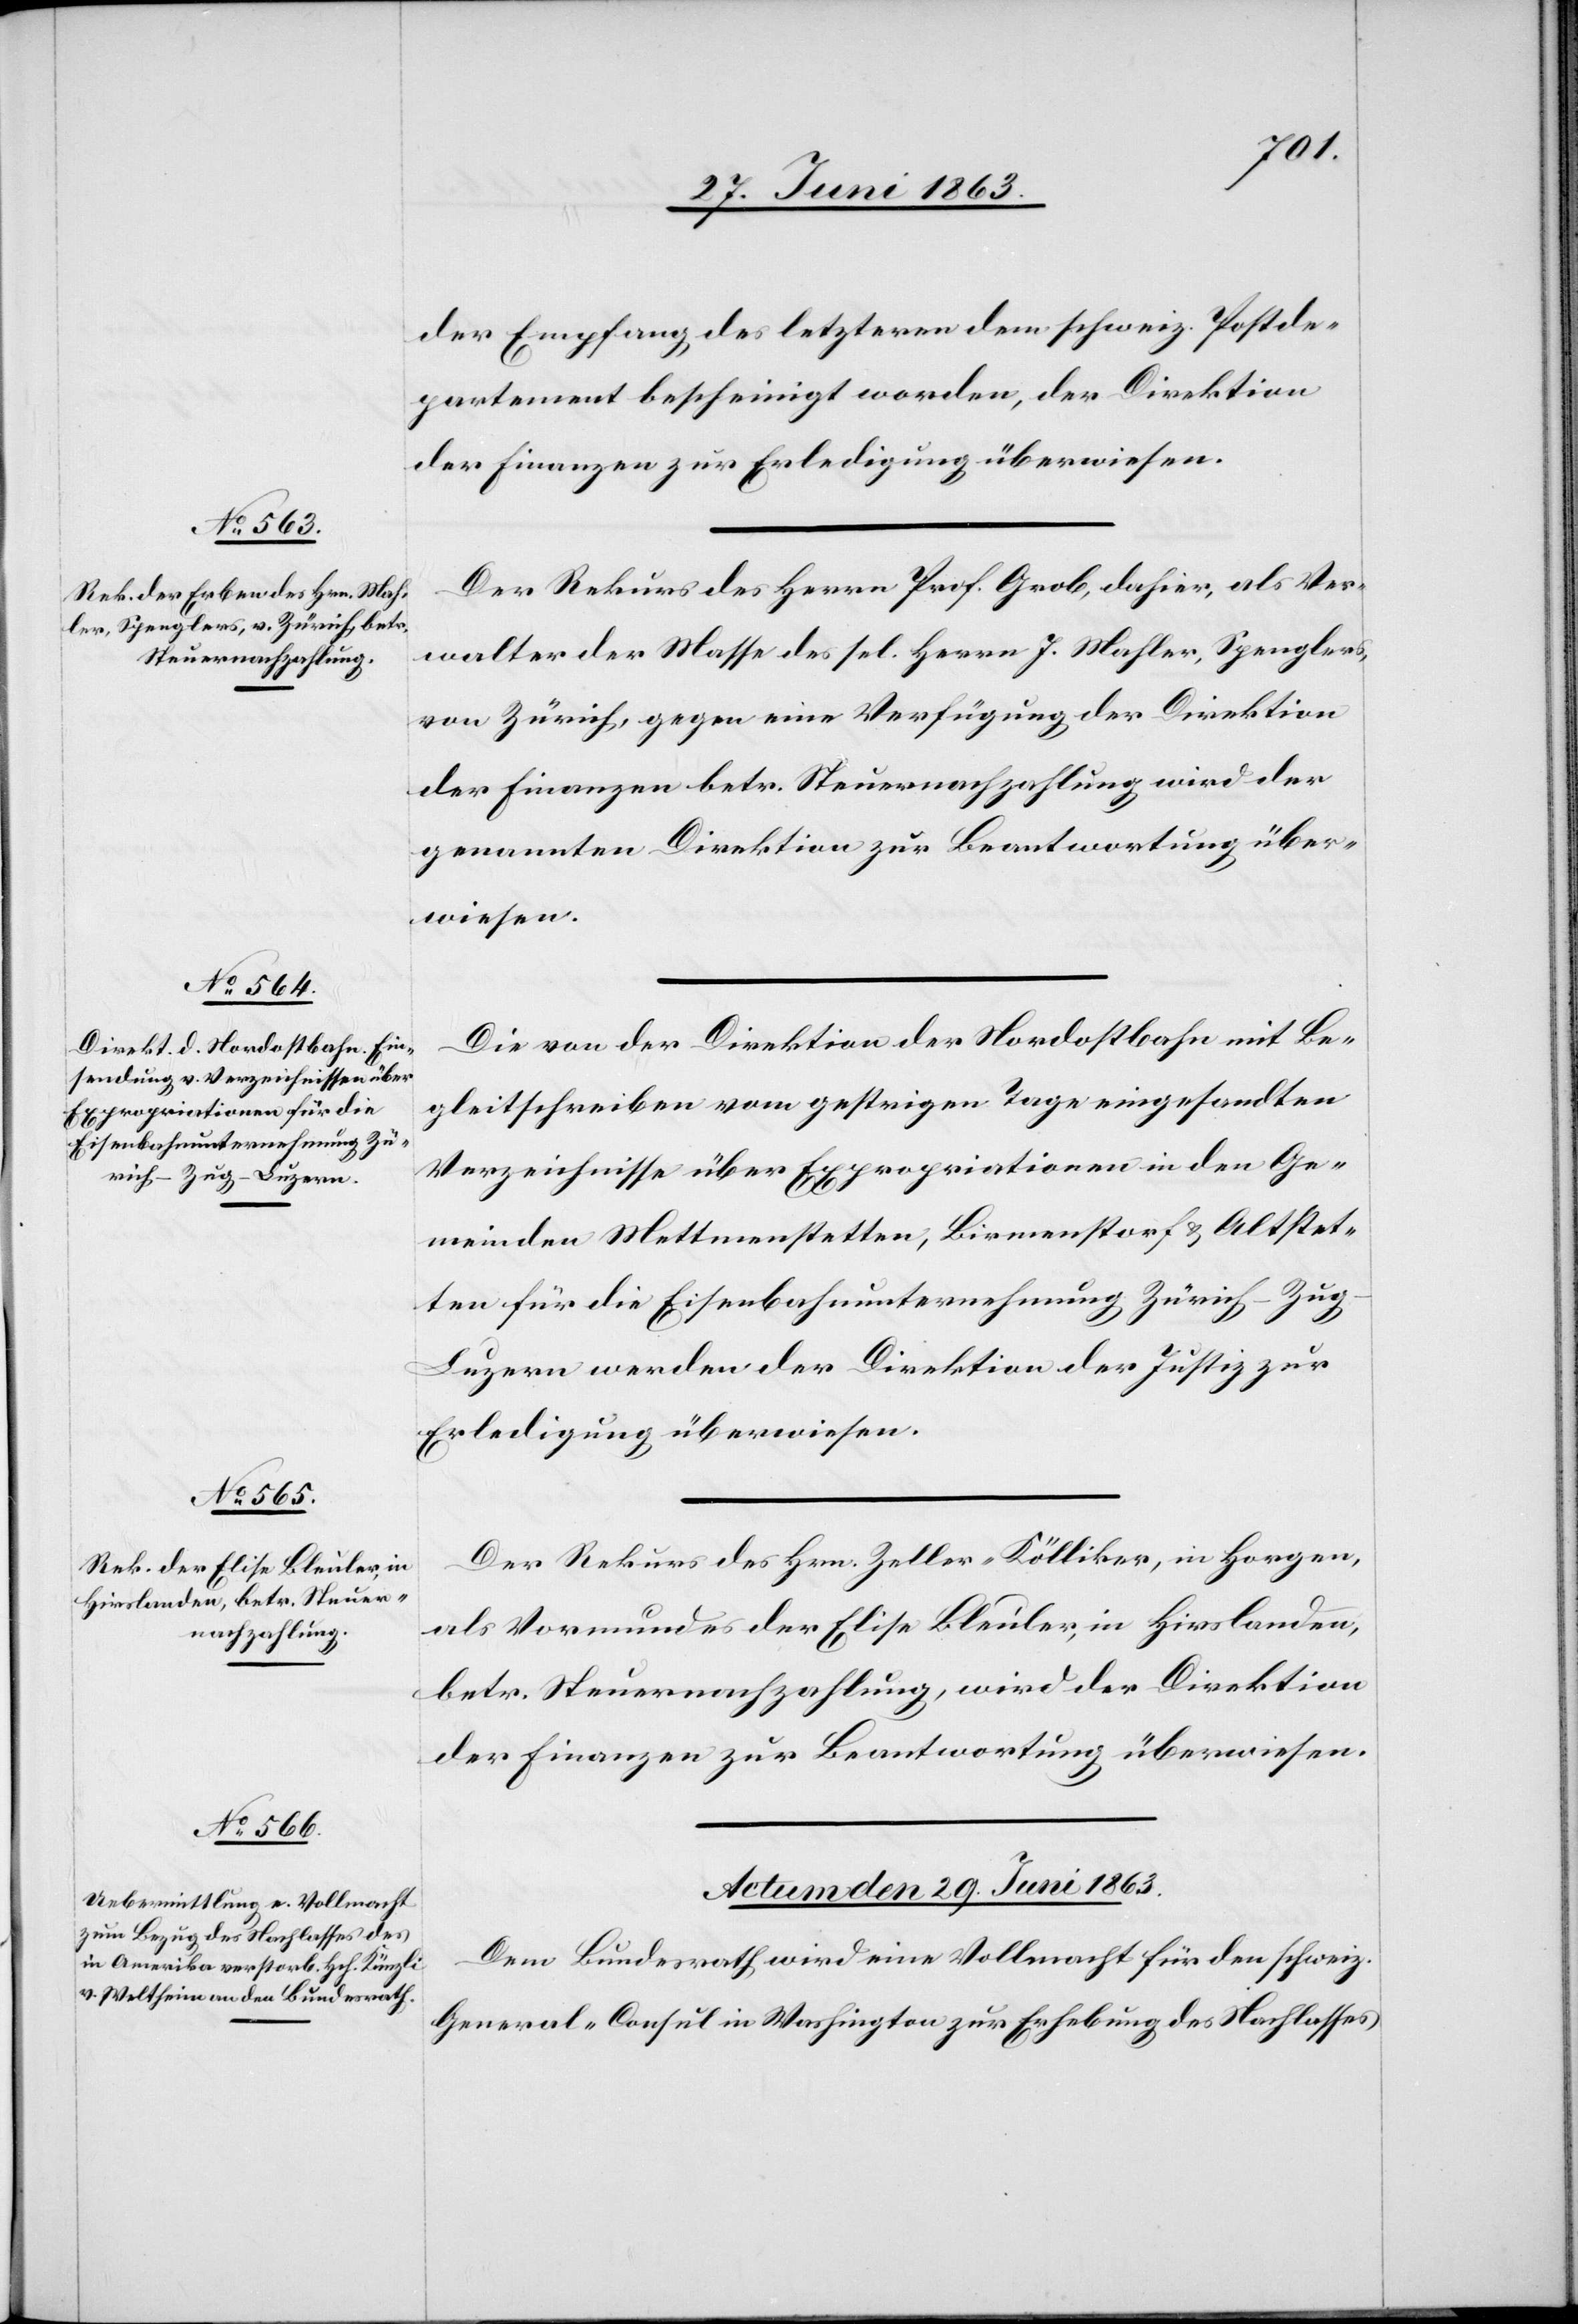
27. Juni 1863.]
der Empfang des letzteren dem schweiz. Postde¬
partement bescheinigt worden, der Direktion
der Finanzen zur Erledigung überwiesen.
Der Rekurs des Herrn Prof. Grob, dahier, als Ver¬
walter der Masse des sel. Herrn J. Mahler, Spenglers,
von Zürich, gegen eine Verfügung der Direktion
der Finanzen betr. Steuernachzahlung wird der
genannten Direktion zur Beantwortung über¬
wiesen.
Die von der Direktion der Nordostbahn mit Be¬
gleitschreiben vom gestrigen Tage eingesandten
Verzeichnisse über Expropriationen in den Ge¬
meinden Mettmenstetten, Birmenstorf & Altstet¬
ten für die Eisenbahnunternehmung Zürich–Zug–L¬
uzern werden der Direktion der Justiz zur
Erledigung überwiesen.
Der Rekurs des Hrn. Zeller-Kölliker, in Horgen,
als Vormundes der Elise Bleuler, in Hirslanden,
betr. Steuernachzahlung, wird der Direktion
der Finanzen zur Beantwortung überwiesen.
Actum den 29. Juni 1863.
Dem Bundesrath wird eine Vollmacht für den schweiz.
General-Consul in Washington zur Erhebung des Nachlasses